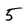
Character: 5